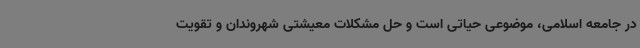
در جامعه اسلامی، موضوعی حیاتی است و حل مشکلات معیشتی شهروندان و تقویت